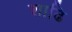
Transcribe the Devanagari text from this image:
शाढि